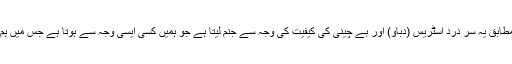
ماہرین طب کے مطابق یہ سر درد اسٹریس (دباؤ) اور بے چینی کی کیفیت کی وجہ سے جنم لیتا ہے جو ہمیں کسی ایسی وجہ سے ہوتا ہے جس میں ہم افسردہ ہوتے ہیں۔